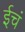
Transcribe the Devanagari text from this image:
ईचं